Scottish Leaving Certificate Examination, 1961
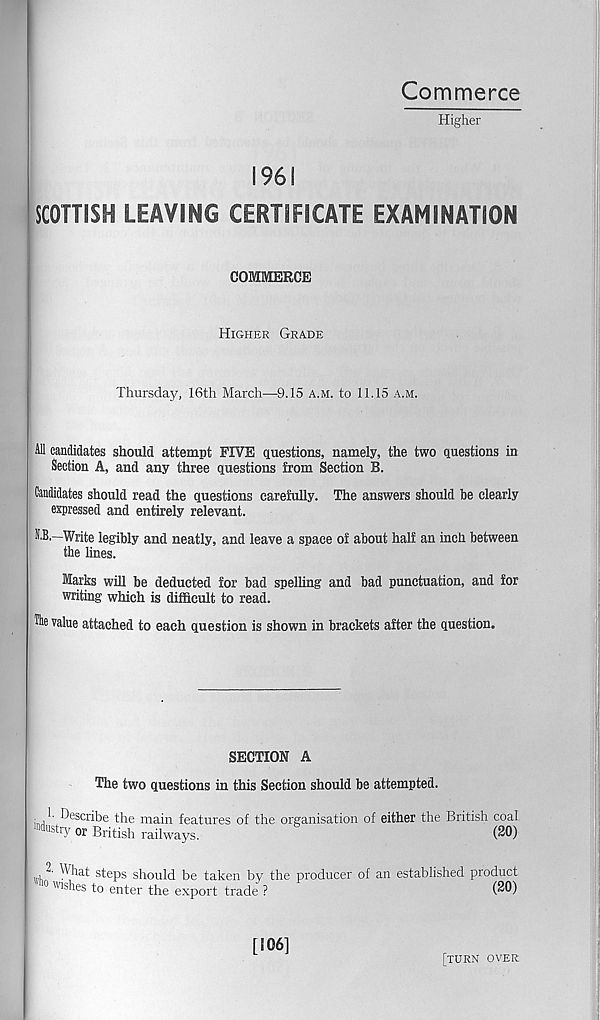
Commerce
Higher
1961
SCOTTISH LEAVING CERTIFICATE EXAMINATION
COMMERCE
Higher Grade
Thursday, 16th March—9.15 a.m. to 11.15 a.m.
All candidates should attempt FIVE questions, namely, the two questions in
Section A, and any three questions from Section B.
Candidates should read the questions carefully. The answers should be clearly
expressed and entirely relevant.
N.B.—Write legibly and neatly, and leave a space of about half an inch between
the lines.
Marks will be deducted for bad spelling and bad punctuation, and for
writing which is difficult to read.
fie value attached to each question is shown in brackets after the question.
SECTION A
The two questions in this Section should be attempted.
: j Scribe the main features of the organisation of either the British coal
industry or British railways.
(20)
steps should be taken by the producer of an established product
wishes to enter the export trade ?
(20)
[106]
[turn over